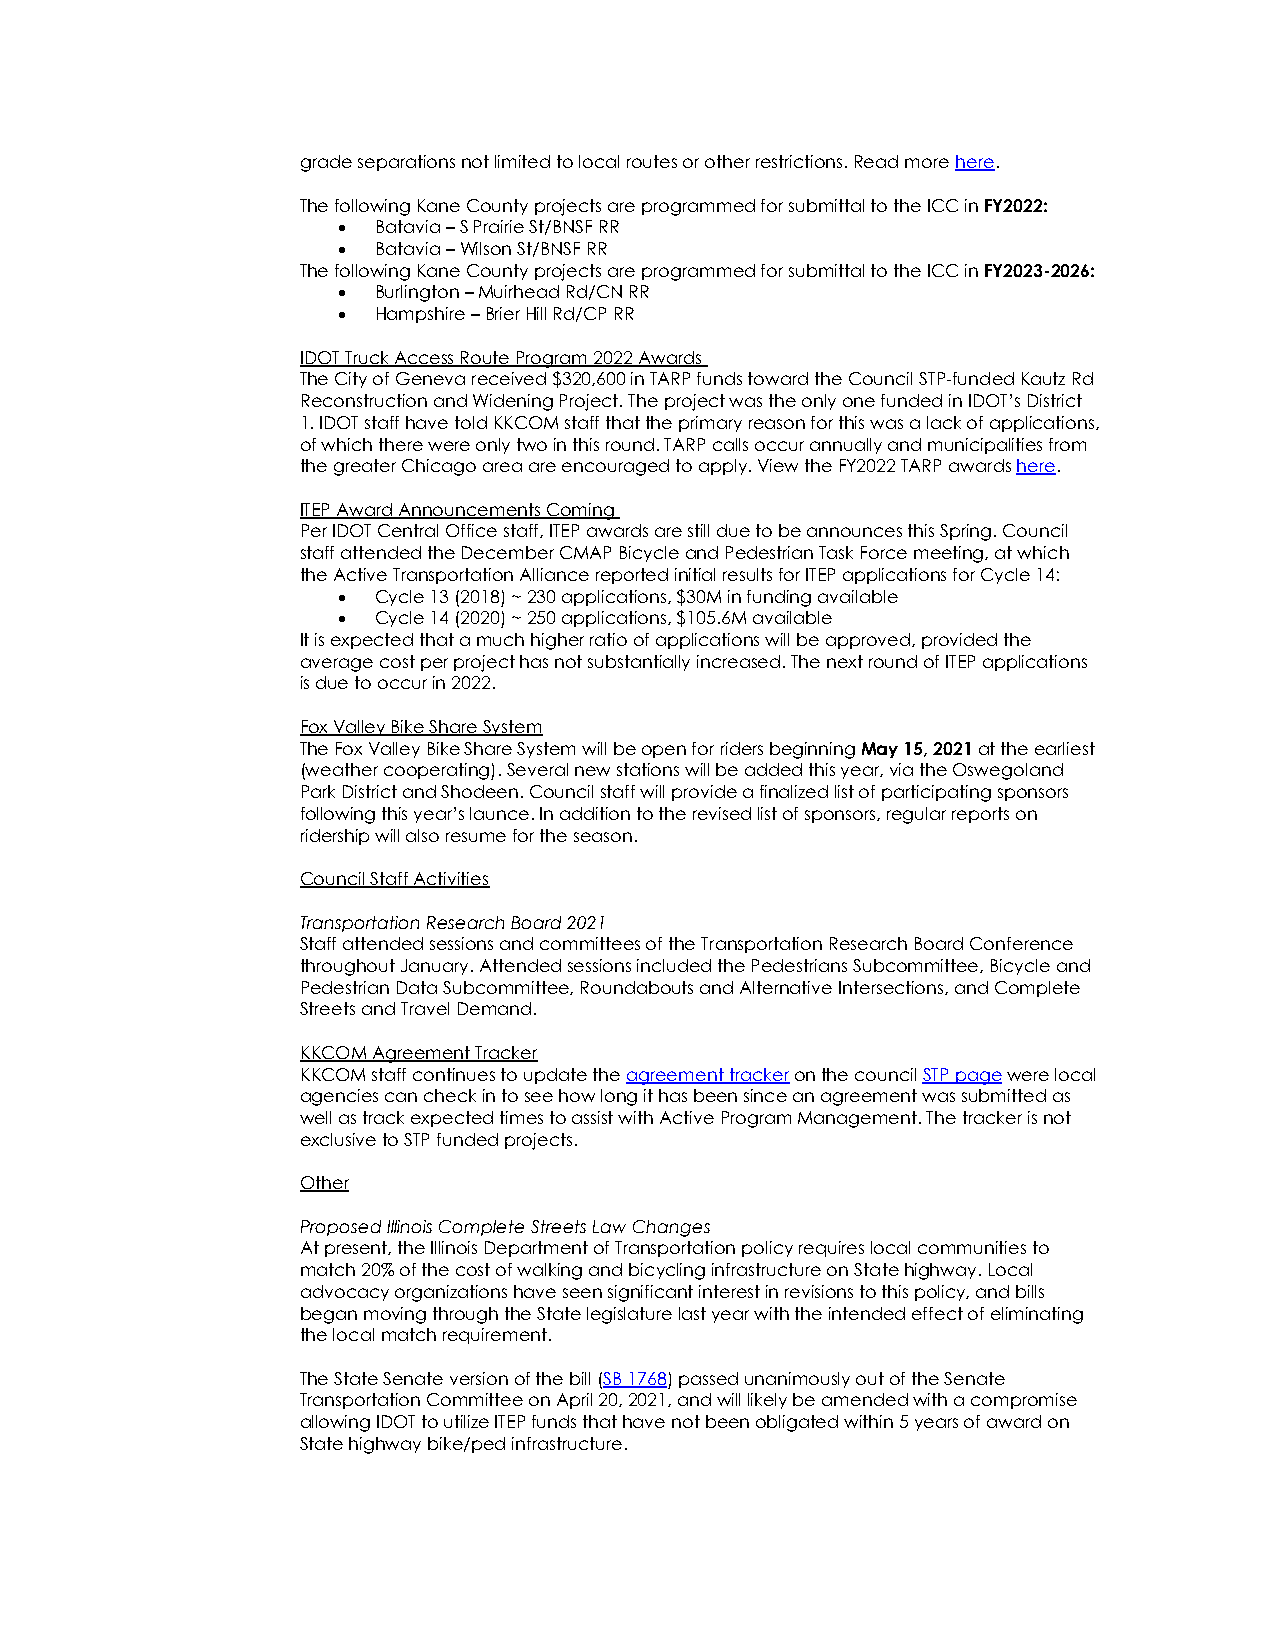
grade separations not limited to local routes or other restrictions. Read more here.
 The following Kane County projects are programmed for submittal to the ICC in FY2022:
   Batavia – S Prairie St/BNSF RR
   Batavia – Wilson St/BNSF RR
 The following Kane County projects are programmed for submittal to the ICC in FY2023-2026:
   Burlington – Muirhead Rd/CN RR
   Hampshire – Brier Hill Rd/CP RR
 IDOT Truck Access Route Program 2022 Awards
 The City of Geneva received $320,600 in TARP funds toward the Council STP-funded Kautz Rd
 Reconstruction and Widening Project. The project was the only one funded in IDOT’s District
 1. IDOT staff have told KKCOM staff that the primary reason for this was a lack of applications,
 of which there were only two in this round. TARP calls occur annually and municipalities from
 the greater Chicago area are encouraged to apply. View the FY2022 TARP awards here.
 ITEP Award Announcements Coming
 Per IDOT Central Office staff, ITEP awards are still due to be announces this Spring. Council
 staff attended the December CMAP Bicycle and Pedestrian Task Force meeting, at which
 the Active Transportation Alliance reported initial results for ITEP applications for Cycle 14:
   Cycle 13 (2018) ~ 230 applications, $30M in funding available
   Cycle 14 (2020) ~ 250 applications, $105.6M available
 It is expected that a much higher ratio of applications will be approved, provided the
 average cost per project has not substantially increased. The next round of ITEP applications
 is due to occur in 2022.
 Fox Valley Bike Share System
 The Fox Valley Bike Share System will be open for riders beginning May 15, 2021 at the earliest
 (weather cooperating). Several new stations will be added this year, via the Oswegoland
 Park District and Shodeen. Council staff will provide a finalized list of participating sponsors
 following this year’s launce. In addition to the revised list of sponsors, regular reports on
 ridership will also resume for the season.
 Council Staff Activities
 Transportation Research Board 2021
 Staff attended sessions and committees of the Transportation Research Board Conference
 throughout January. Attended sessions included the Pedestrians Subcommittee, Bicycle and
 Pedestrian Data Subcommittee, Roundabouts and Alternative Intersections, and Complete
 Streets and Travel Demand.
 KKCOM Agreement Tracker
 KKCOM staff continues to update the agreement tracker on the council STP page were local
 agencies can check in to see how long it has been since an agreement was submitted as
 well as track expected times to assist with Active Program Management. The tracker is not
 exclusive to STP funded projects.
 Other
 Proposed Illinois Complete Streets Law Changes
 At present, the Illinois Department of Transportation policy requires local communities to
 match 20% of the cost of walking and bicycling infrastructure on State highway. Local
 advocacy organizations have seen significant interest in revisions to this policy, and bills
 began moving through the State legislature last year with the intended effect of eliminating
 the local match requirement.
 The State Senate version of the bill (SB 1768) passed unanimously out of the Senate
 Transportation Committee on April 20, 2021, and will likely be amended with a compromise
 allowing IDOT to utilize ITEP funds that have not been obligated within 5 years of award on
 State highway bike/ped infrastructure.